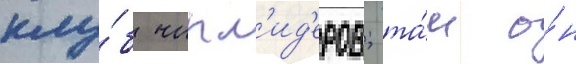
клу́б чирл'ид'еров; та́м о́н